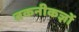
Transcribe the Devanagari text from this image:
तकनीकज्ञों